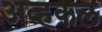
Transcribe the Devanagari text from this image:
अव्हकल